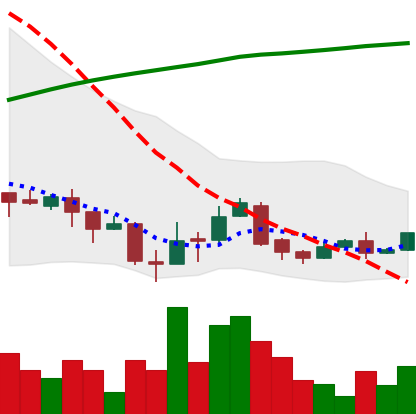
Ticker: XLM-USD
Chart end date: 2018-04-11
Forward return: 33.823%
Label: up_7plus